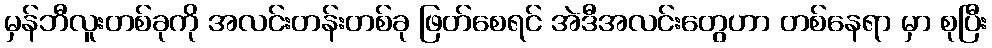
မှန်ဘီလူးတစ်ခုကို အလင်းတန်းတစ်ခု ဖြတ်စေရင် အဲဒီအလင်းတွေဟာ တစ်နေရာ မှာ စုပြီး